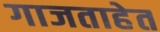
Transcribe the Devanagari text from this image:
गाजताहेत